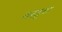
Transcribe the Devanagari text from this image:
वस्तुचा